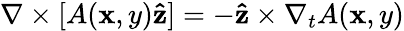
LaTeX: \nabla\times[A(\mathbf{x},y)\mathbf{{\hat{{z}}}}]=-\mathbf{{\hat{{z}}}}\times\nabla_{t}A(\mathbf{x},y)